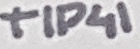
Text: TIP41